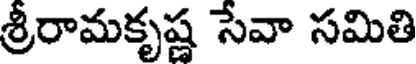
శ్రీరామకృష్ణ సేవా సమితి